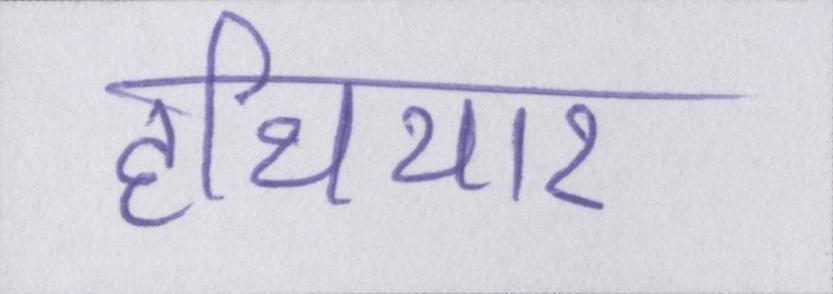
हथियार